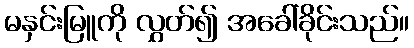
မနှင်းမြူကို လွှတ်၍ အခေါ်ခိုင်းသည်။